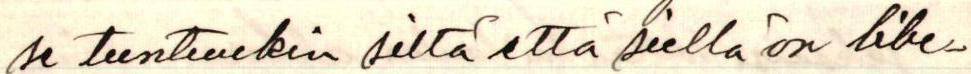
se tuntuukin siltä että siellä on libe-